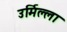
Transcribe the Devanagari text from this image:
उर्मिल्ला